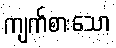
ကျက်စားသော